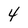
Character: 4